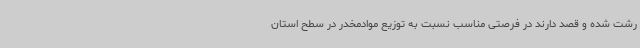
رشت شده و قصد دارند در فرصتی مناسب نسبت به توزیع موادمخدر در سطح استان